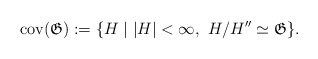
\begin{align*}\mathrm{cov}(\mathfrak{G}):=\lbrace H\mid \lvert H\rvert<\infty,\ H/H^{\prime\prime}\simeq\mathfrak{G}\rbrace.\end{align*}